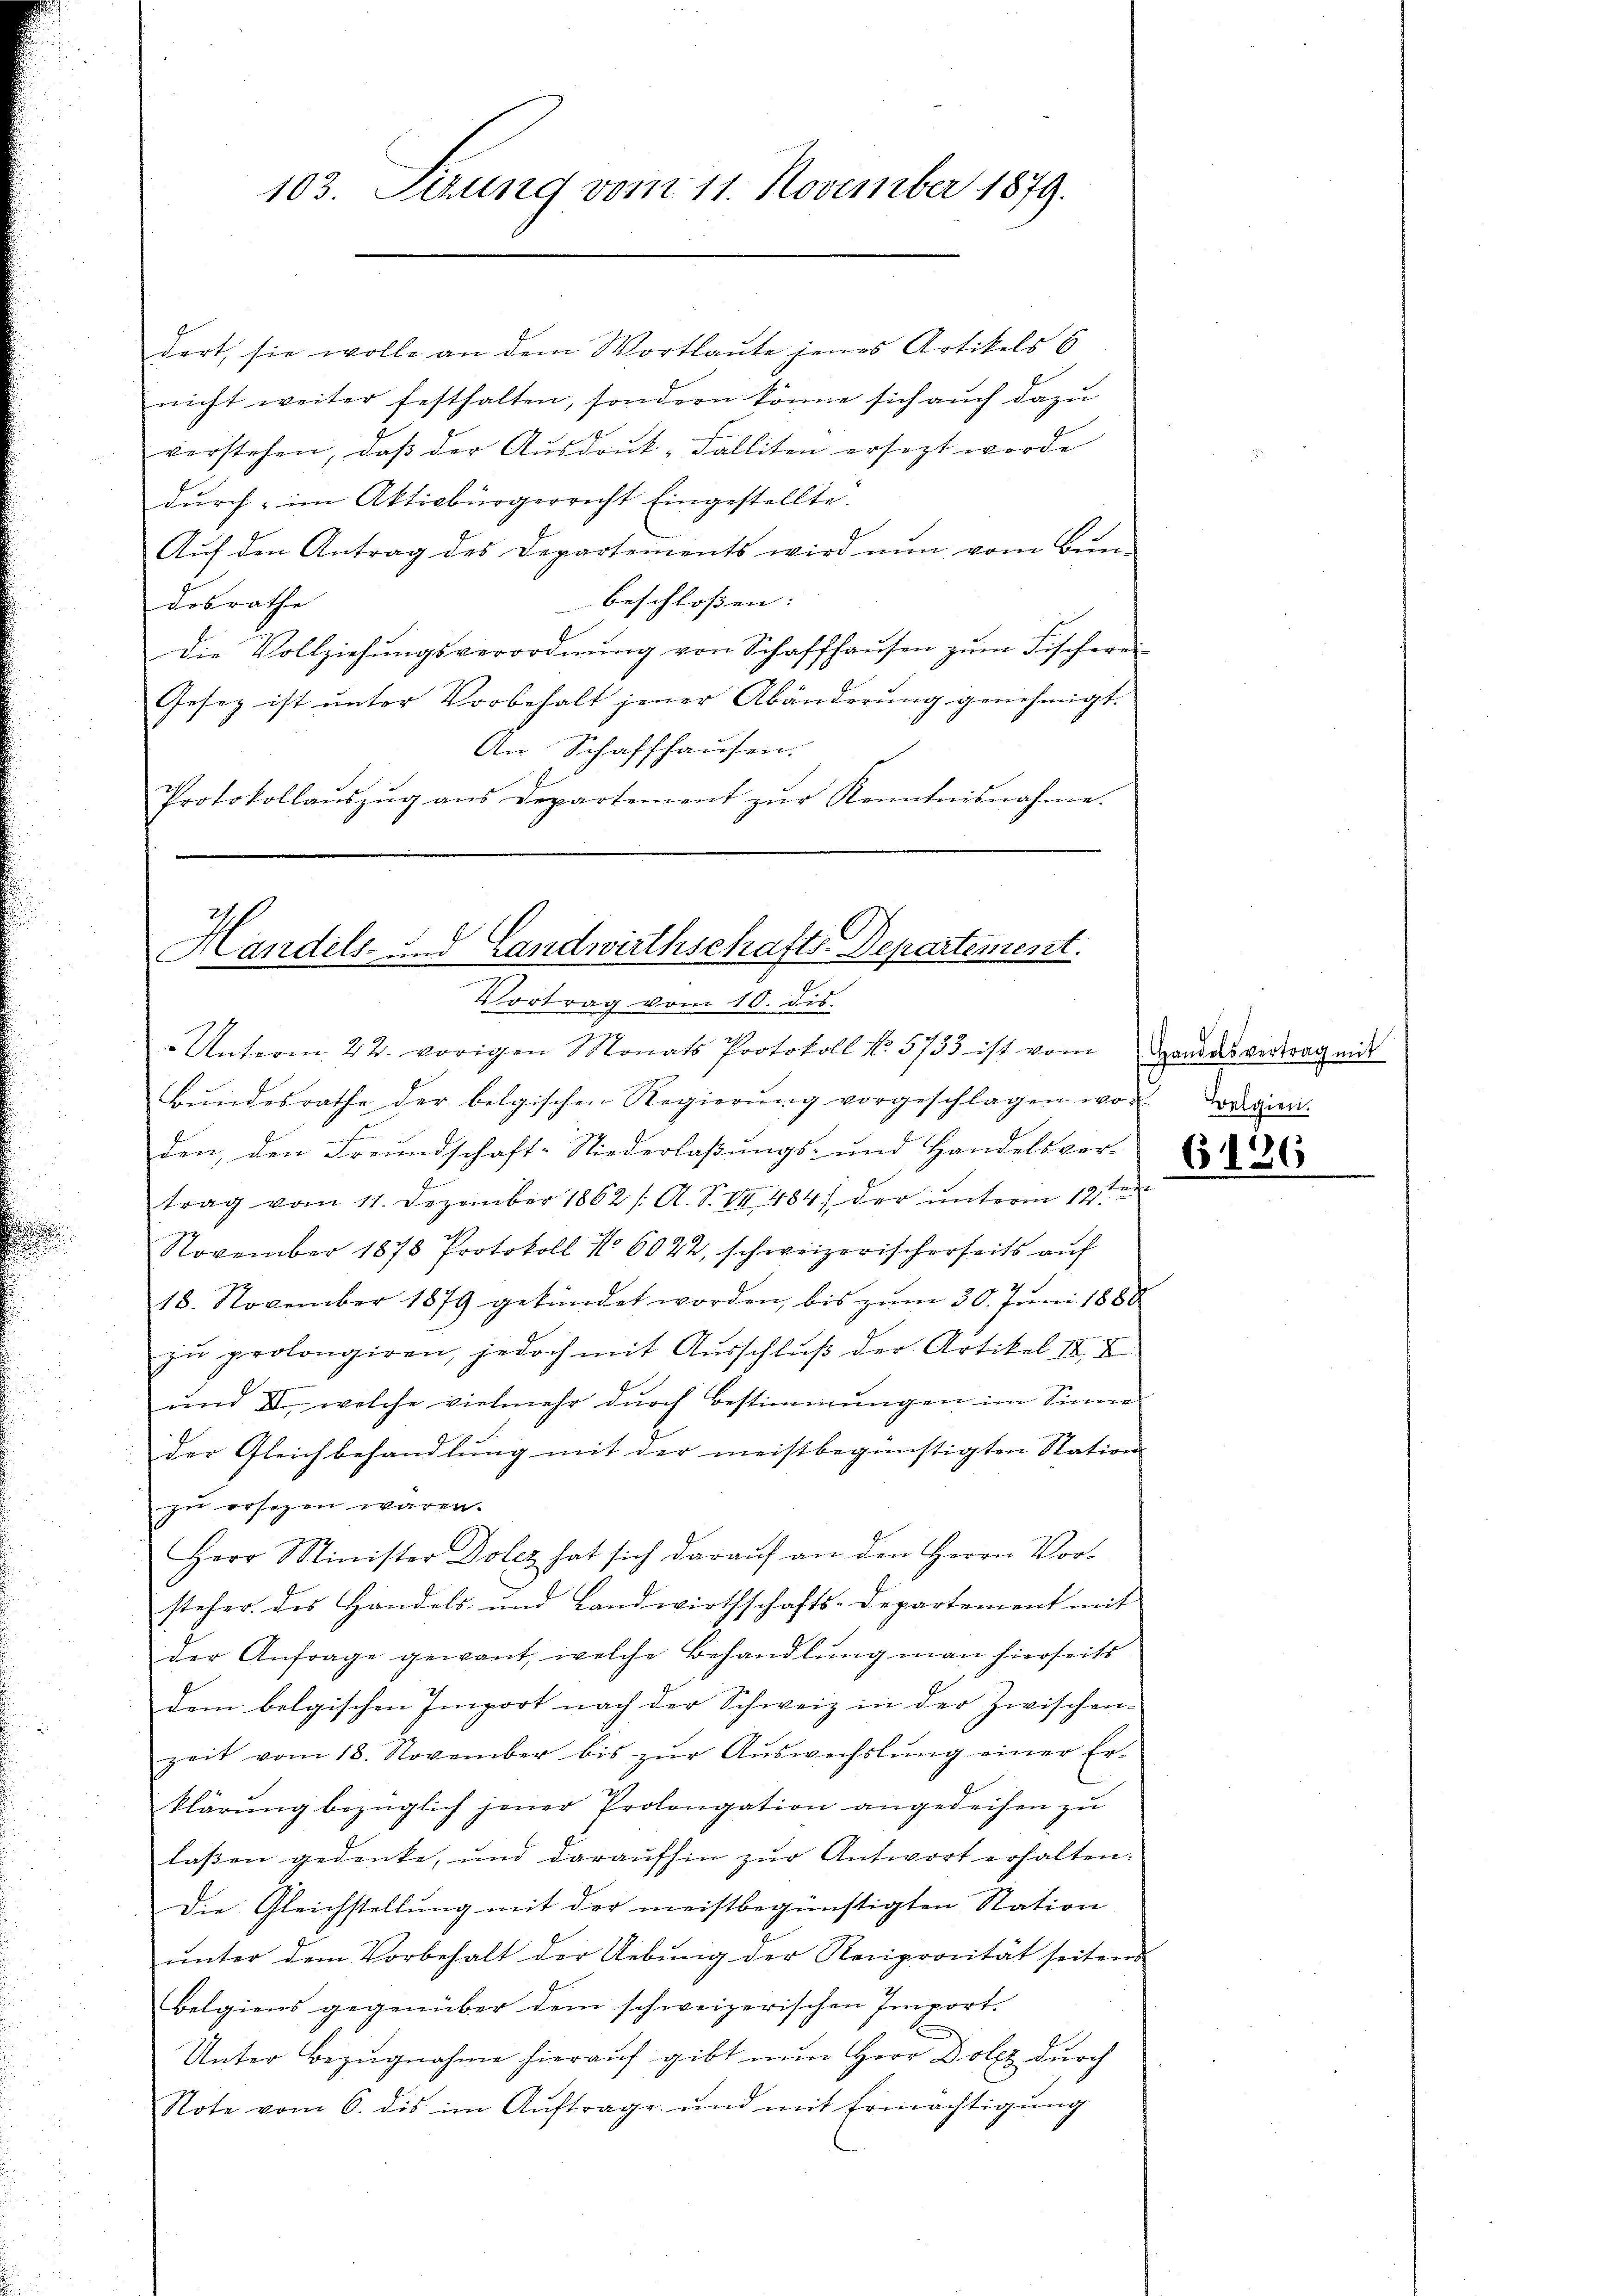
.

dert, sie wolle an dem Wortlaute jenes Artikels 6
nicht weiter festhalten, sondern könne sich auch dazu
verstehen, daβ der Aŭsdrŭk-Falliten ersezt werde
durch im Aktivbürgerrecht Eingestellte.
Aŭf den Antrag des Departements wird nun vom Bun-
beschlossen: |
desrathe
die Vollziehŭngsverordnŭng von Schaffhaŭsen zŭm Fischerei
Gesetz ist unter Vorbehalt jener Abänderung genehmigt.
An Schaffhausen.
Protokollaŭszŭg ans Departement zŭr Kenntnisnahme.

103. Sizung vom 11. November 1879.

Handels- und Landwirthschafts-Departement.
Vortrag vom 10. dis.
Unterm 22. vorigen Monats Protokoll N. 5733 ist vom

Bŭndesrathe der belgischen Regierŭng vorgeschlagen vor. Danien.
s
den, den Freundschaft-Niederlaßungs- und Handelsver-
trag vom 11. Dezember 1862 /: A. S. VII 484) der unterm 12ten
November 1878 Protokoll No 6022, schweizerischerseits aŭf
18. November 1879 gekündet worden, bis zŭm 30. Jŭni 1868
zŭ prolongiren, jedoch mit Aŭsschlŭβ der Artikel II. E
und II, welche vielmehr durch Bestimmungen im Sinne
der Gleichbehandlung mit der meistbegünstigten Station
.
zu ersezen wären.
Herr Minister Dolez hat sich darauf an den Herrn Vor-
steher des Handels- und Landwirthschafts-Departement mit
der Anfrage gewant, welche Behandlung man hierseits
dem belgischen Import nach der Schweiz in der Zwischen-
zeit vom 18. November bis zŭr Aŭswechslung einer Er-
klärŭng bezüglich jener Prolongation angedeihen zŭ
lassen gedenke, und daraufhin zŭr Antwort erhalten.
Die Gleichstellung mit der meistbegünstigten Station
ŭnter dem Vorbehalt der Uebung der Reciprocität seitens
Belgiens gegenüber dem schweizerischen Import.
Unter Bezugnahme hierauf gibt nun Herr Dolez durch
Note vom 6. dis im Aŭftrage und mit Ermächtigŭng

Handelsvertrag mit

6126